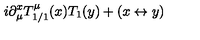
i \partial _ { \mu } ^ { x } T _ { 1 / 1 } ^ { \mu } ( x ) T _ { 1 } ( y ) + ( x \leftrightarrow y )